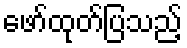
ဖော်ထုတ်ပြသည့်